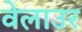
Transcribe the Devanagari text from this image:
वेलाउर